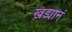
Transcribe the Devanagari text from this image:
खड्यानं